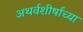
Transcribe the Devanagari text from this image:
अथर्वशीर्षांच्या